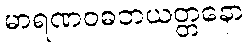
မာရဏဝဓဘယတ္တနော